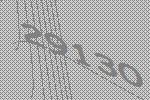
29130